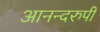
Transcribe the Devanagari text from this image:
आनन्दरुपी